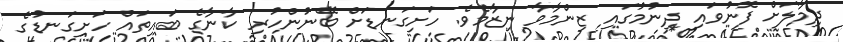
ދިމާލަށް ފޮނުވައި ދިނުމުގައި ޒިންމާވާ ނިޒާމެވެ. ހަށިގަނޑަށް ބޭނުންހުރި ކާނާގެ ބައިތައް ހަށިގަނޑުގެ